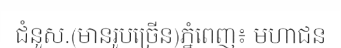
ជំនួស.(មានរូបច្រើន)ភ្នំពេញ៖ មហាជន